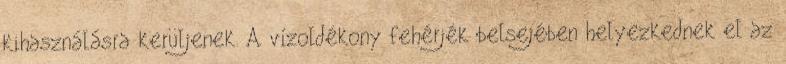
kihasználásra kerüljenek. A vízoldékony fehérjék belsejében helyezkednek el az